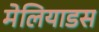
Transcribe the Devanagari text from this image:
मेलियाडस